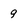
Character: 9